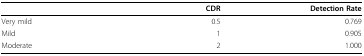
<table><thead><tr><td></td><td><b>CDR</b></td><td><b>Detection Rate</b></td></tr></thead><tbody><tr><td>Very mild</td><td>0.5</td><td>0.769</td></tr><tr><td>Mild</td><td>1</td><td>0.905</td></tr><tr><td>Moderate</td><td>2</td><td>1.000</td></tr></tbody></table>